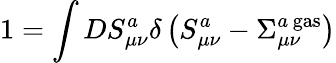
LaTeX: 1=\int DS_{\mu\nu}^{a}\delta\left(S_{\mu\nu}^{a}-\Sigma_{\mu\nu}^{a{\, }\mathrm{gas}}\right)